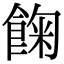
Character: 𩛺